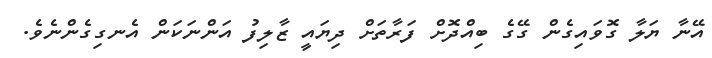
އޭނާ ޔަލާ ގޮވައިގެން ގޭގެ ބިއްދޮށް ފަރާތަށް ދިޔައީ ޒާލިފު އަންނަކަން އެނގިގެންނެވެ.